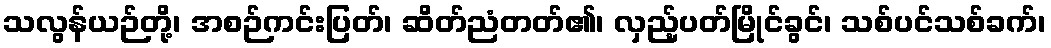
သလွန်ယဉ်တို့၊ အစဉ်ကင်းပြတ်၊ ဆိတ်ညံတတ်၏၊ လှည့်ပတ်မြိုင်ခွင်၊ သစ်ပင်သစ်ခက်၊